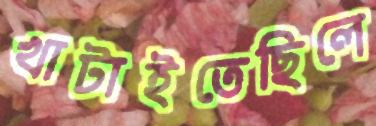
খাটাইতেছিলে